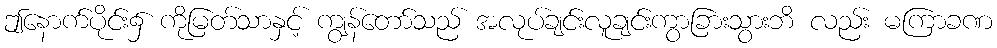
ဤနောက်ပိုင်း၌ ကိုမြတ်သာနှင့် ကျွန်တော်သည် အလုပ်ချင်းလူချင်းကွာခြားသွားဘိ လည်း မကြာခဏ